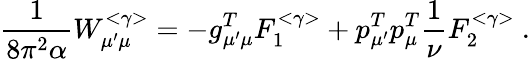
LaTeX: \frac{1}{8\pi^{2}\alpha}W_{\mu^{\prime}\mu}^{<\gamma>}=-g_{\mu^{\prime}\mu}^{T}F_{1}^{<\gamma>}+p_{\mu^{\prime}}^{T}p_{\mu}^{T}\frac{1}{\nu}F_{2}^{<\gamma>}\ .